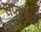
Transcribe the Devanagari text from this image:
सप्तऋषी